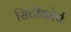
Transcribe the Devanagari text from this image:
सिटीकोर्प